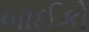
બાઈકો